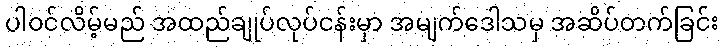
ပါဝင်လိမ့်မည် အထည်ချုပ်လုပ်ငန်းမှာ အမျက်ဒေါသမှ အဆိပ်တက်ခြင်း